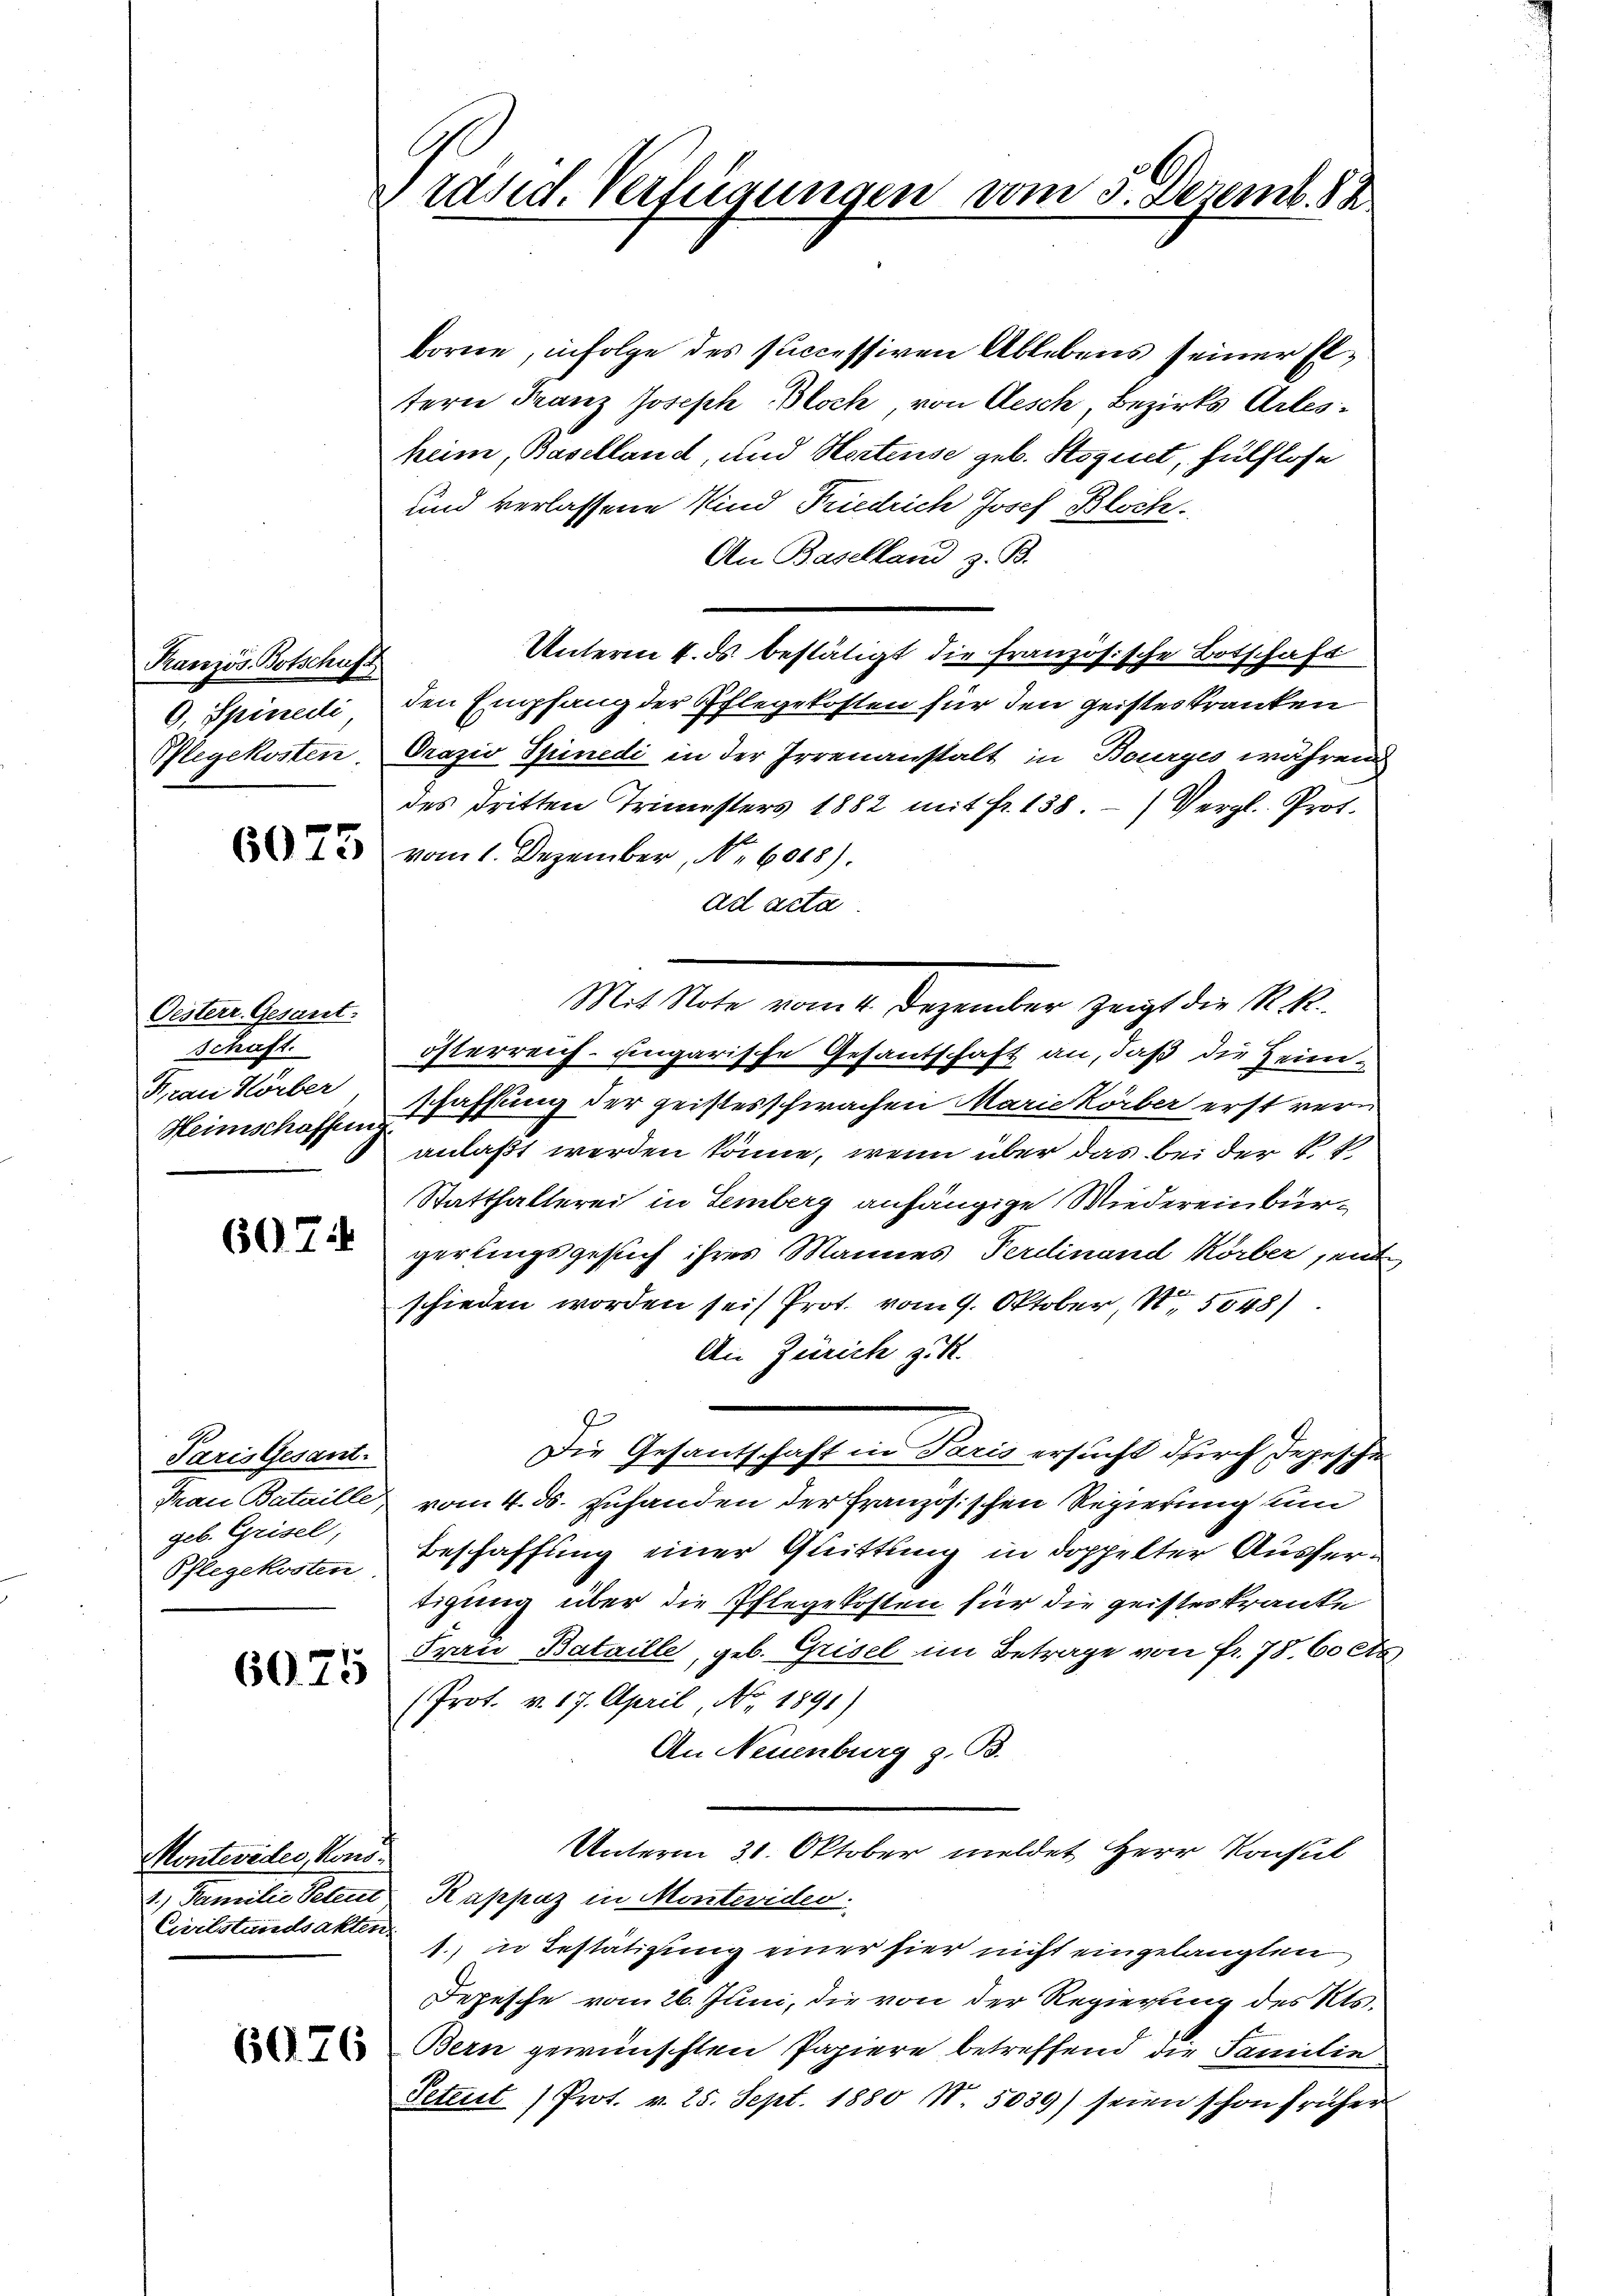
Kranzös. Botschuss
G. Spiriedi
Pflegekosten.

6075

Oesterr. Gesant.
schaft.
Frau Körber
Heimschoffen

607:

Paris Gesant.
Frau Bataille
geb. Grisel,
Pflegekosten.

6075

Montevides, Kons
Civilstandsakten.

Präsid. Verfügungen vom 5. Dezemb. 82.

borne, infolge des successiven Ablebens seiner Eltere Franz Joseph Bloch von Aesch, Bezirks Arbesheim, Baselland, und Horstense geb. Hoquet, hülflose
und verlassene Kind Friedrich Josef Bloch.
An Baselland z. B.
Unterm 4. ds. bestätigt die französische Botschaft
den Empfang der Pflegekosten für den geisteskranken
Prazio Spinedi in der Irrenanstalt in Bourges währen
des dritten Trimesters 1882 mit Fr. 138) Vergl. Prot.
vom 1. Dezember, No 6088).
ad acta
Mit Note vom 4. Dezember zeigt die R. R.
österreich- ungarische Gesantschaft an, daß die Heimschaffung der geistesschwachen Marie Körber erst veranlaßt werden könne, wenn über das bei der k. k.
Statthalterei in Lemberg anhängige Wiedereinbürgerlingsgesuch ihres Mannes Ferdinand Körber, ent
schieden worden sei Prot. vom 9. Oktober, S. 5048).
An Zürich z. R.
Die Gesantschaft in Paris ersucht durch Jegeschien
vom 4. ds. zuhanden der Französischen Regierung und
Beschaffung einer Quittung in doppelter Aussertigung über die Pflegekosten für die geisteskranke
Frau Bataille, geb. Grisel im Betrage von fr. 78. 60 A
(Prot. v. 17. April, No. 1891)
An Neuenburg z. B.
Unterm 31. Oktober meldet Herr Konsul
2.) Familie Peten Rappaz in Monteviden.
1., in Bestätigung einer hier nicht eingelangten
Depesche vom 26. Juni, die von der Regierung des Kts.
Bern gewünschten Papiere betreffend die Familie
Petent (Prot. v. 25. Sept. 1880 N 5039) seien schon früher